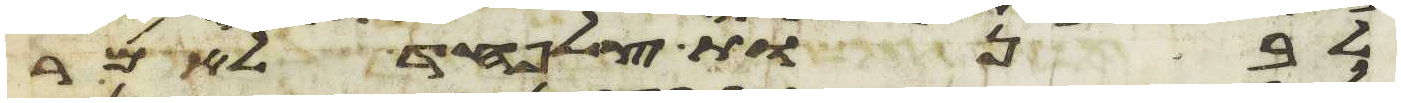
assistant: לבנות צלפחד לאמר